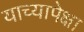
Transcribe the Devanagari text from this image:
याच्यापेक्षा